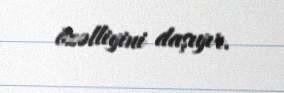
özəlliyini daşıyır.